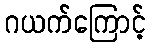
ဂယက်ကြောင့်